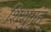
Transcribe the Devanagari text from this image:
शिशुगृह